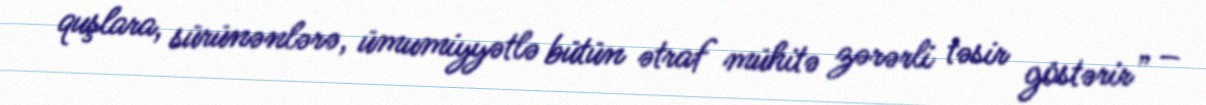
quşlara, sürünənlərə, ümumiyyətlə bütün ətraf mühitə zərərli təsir göstərir” –